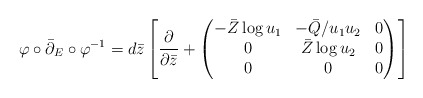
\begin{align*}\varphi\circ\bar\partial_E\circ\varphi^{-1}= d\bar z\left[\frac{\partial}{\partial\bar z} +\begin{pmatrix} -\bar Z\log u_1 & -\bar Q/u_1u_2 & 0\\ 0 & \bar Z\log u_2 & 0\\ 0 & 0 & 0\end{pmatrix}\right]\end{align*}